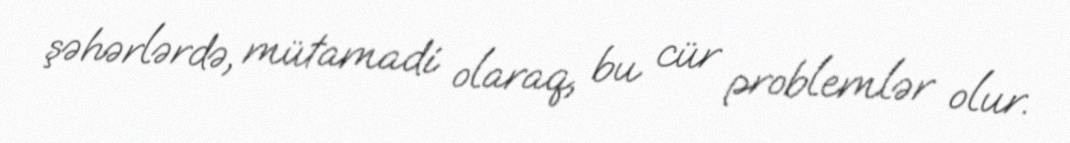
şəhərlərdə, mütamadi olaraq, bu cür problemlər olur.